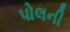
પોલની